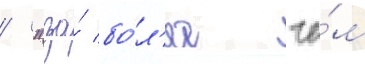
/ "за́ бо́л'ее че́м